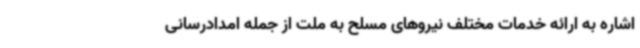
اشاره به ارائه خدمات مختلف نیروهای مسلح به ملت از جمله امدادرسانی